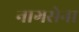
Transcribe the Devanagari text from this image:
नागसेना